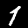
Label: 1